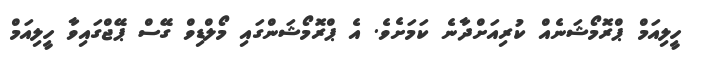
ހީލިއަމް ޕްރޮމޯޝަނެއް ކުރިއަށްދާނެ ކަމަށެވެ. އެ ޕްރޮމޯޝަންގައި މޯލްޑިވް ގޭސް ޕޭޖްގައިވާ ހީލިއަމް